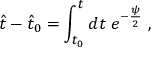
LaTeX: \hat { t } - \hat { t } _ { 0 } = \int _ { t _ { 0 } } ^ { t } d t \; e ^ { - \frac { \psi } { 2 } } \; ,